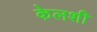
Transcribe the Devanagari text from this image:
केलशी